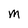
Character: M